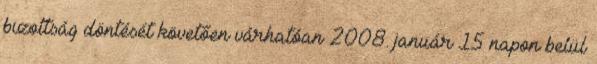
bizottság döntését követően várhatóan 2008. január 15 napon belül